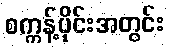
စက္ကန့်ပိုင်းအတွင်း